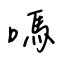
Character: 嗎